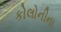
કોલોનીના